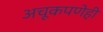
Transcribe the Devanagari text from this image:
अचूकपणेही